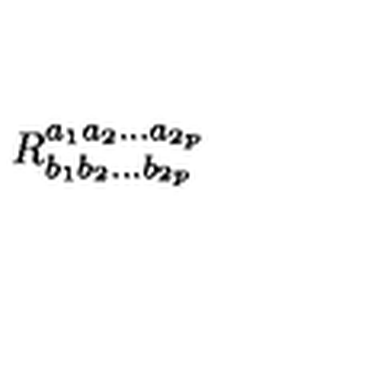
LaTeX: R _ { b _ { 1 } b _ { 2 } . . . b _ { 2 p } } ^ { a _ { 1 } a _ { 2 } . . . a _ { 2 p } }